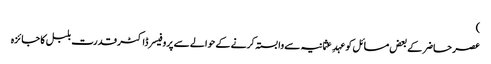
)
عصر حاضر کے بعض مسائل کو عہدِ عثمانیہ سے وابستہ کرنے کے حوالے سے پروفیسر ڈاکٹر قدرت بلبل کا جائزہ